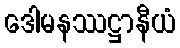
ဒေါမနဿဋ္ဌာနီယံ